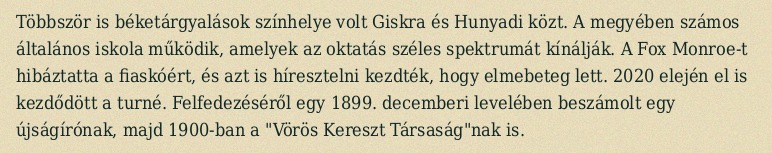
Többször is béketárgyalások színhelye volt Giskra és Hunyadi közt. A megyében számos általános iskola működik, amelyek az oktatás széles spektrumát kínálják. A Fox Monroe-t hibáztatta a fiaskóért, és azt is híresztelni kezdték, hogy elmebeteg lett. 2020 elején el is kezdődött a turné. Felfedezéséről egy 1899. decemberi levelében beszámolt egy újságírónak, majd 1900-ban a "Vörös Kereszt Társaság"nak is.